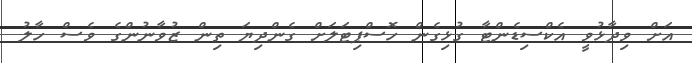
އަށް ވިދާޅުވީ އެކްސިޑެންޓާ ގުޅިގެން ހޮސްޕިޓަލަށް ގެންދިޔަ ތިން ޒުވާނުންގެ ވެސް ހާލު